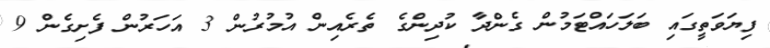
ފިޔަވަތީގައި ބަލަހައްޓަމުން ގެންދާ ކުދިންގެ ތެރެއިން އުމުރުން 3 އަހަރުން ފެށިގެން 9